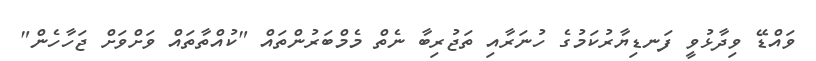
ވައްޑޭ ވިދާޅުވީ ފަނޑިޔާރުކަމުގެ ހުނަރާއި ތަޖުރިބާ ނެތް މެމްބަރުންތައް "ކުއްތާތައް ވަށްވަށް ޖަހާހެން"